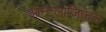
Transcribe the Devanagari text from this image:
आन्टलाजिकल